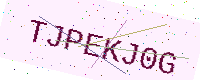
Text: TJPEKJ0G